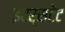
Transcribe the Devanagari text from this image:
इंटर्सटेट